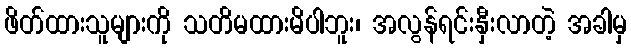
ဖိတ်ထားသူများကို သတိမထားမိပါဘူး၊ အလွန်ရင်းနှီးလာတဲ့ အခါမှ